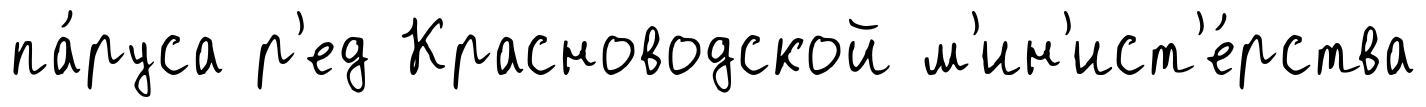
па́руса р'ед Красноводской м'ин'ист'е́рства